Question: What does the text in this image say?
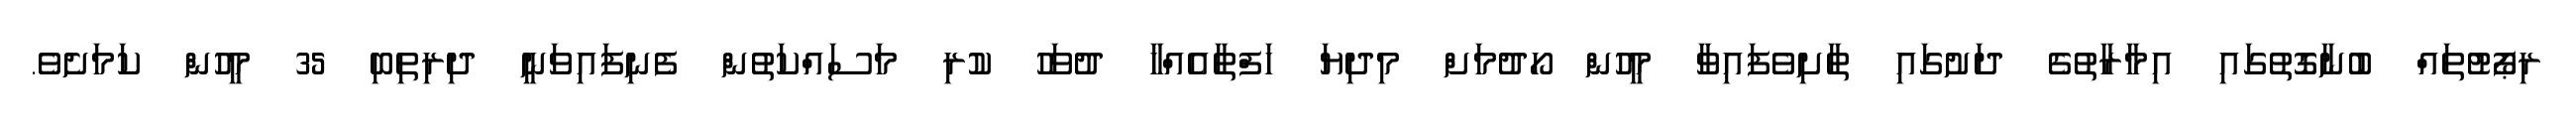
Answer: ރިޕޯޓުތައް ބުނާގޮތުގައި އިމާރާތުގެ ދަށުގައި ތާށިވެފައިވާ މީހުން ހޯދުމަށް މިދިޔަ ހަފްތާއެއްހާ ދުވަހު ކުރި މަސައްކަތުން ފެނިފައިވަނީ ދިރިތިބި 35 މީހުން ކަމަށެވެ.